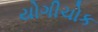
યોગીચોક